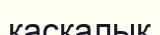
қасқалық